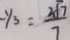
- y _ { 3 } = \frac { 3 \sqrt { 7 } } { 7 }